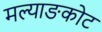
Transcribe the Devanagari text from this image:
मल्याङकोट